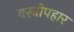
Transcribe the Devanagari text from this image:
वस्त्रोपहार